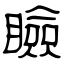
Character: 瞼